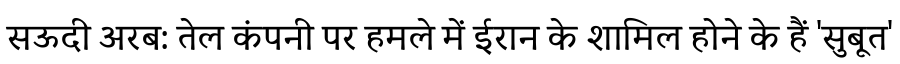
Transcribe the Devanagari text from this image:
सऊदी अरब: तेल कंपनी पर हमले में ईरान के शामिल होने के हैं 'सुबूत'